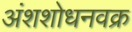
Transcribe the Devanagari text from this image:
अंशशोधनवक्र